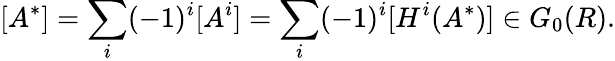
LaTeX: [A^{*}]=\sum_{i}(-1)^{i}[A^{i}]=\sum_{i}(-1)^{i}[H^{i}(A^{*})]\in G_{0}(R).